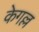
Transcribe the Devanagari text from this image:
केगल्ल